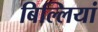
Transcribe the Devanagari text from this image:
बिल्‍लियां